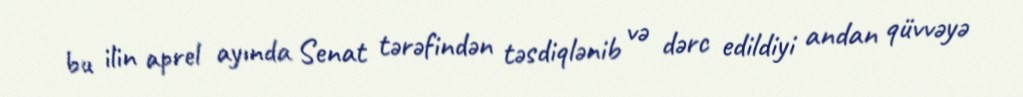
bu ilin aprel ayında Senat tərəfindən təsdiqlənib və dərc edildiyi andan qüvvəyə